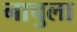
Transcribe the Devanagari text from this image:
नाचुला